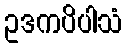
ဥဒကပိပါသံ